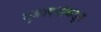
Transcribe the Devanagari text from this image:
मुकादमांकडून